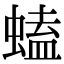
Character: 䗘